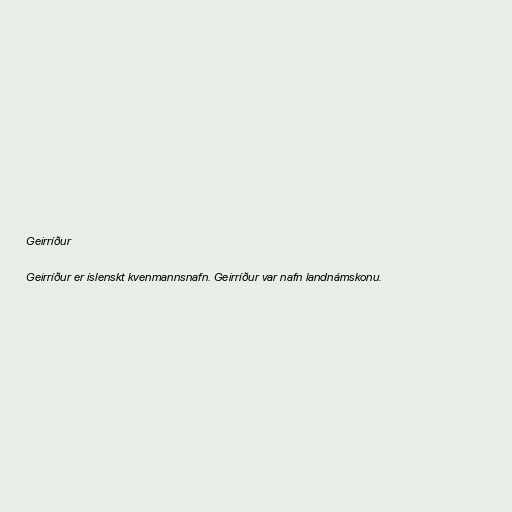
Geirríður

Geirríður er íslenskt kvenmannsnafn. Geirríður var nafn landnámskonu.